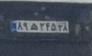
۸۹ه۲۴۵۲۸